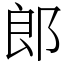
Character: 郎